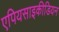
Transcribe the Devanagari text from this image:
एपियसाइकीडियन